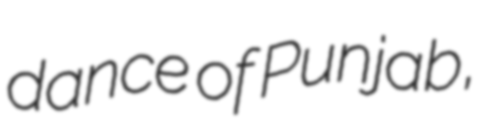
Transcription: dance of Punjab,